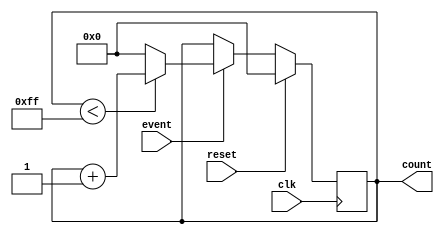
module EventCounter(
    input wire clk,                  // Clock input
    input wire reset,                // Reset input
    input wire event,                // Event input
    output reg [7:0] count           // Count output (8-bit register for this example)
);
    parameter MAX_COUNT = 8'hFF;     // Define maximum count (255 for an 8-bit counter)

    // Synchronous reset and count increment
    always @(posedge clk) begin
        if (reset) begin
            count <= 8'b0;           // Reset count to 0
        end else if (event) begin
            if (count < MAX_COUNT) begin
                count <= count + 1;   // Increment count
            end else begin
                count <= 8'b0;        // Reset count on overflow (wrap around)
            end
        end
    end
endmodule